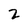
Character: 2